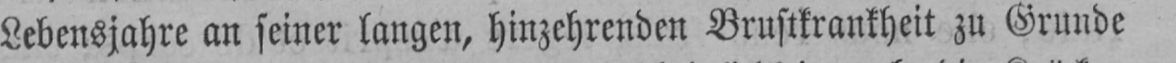
Lebensjahre an seiner langen, hinzehrenden Brustkrankheit zu Grunde